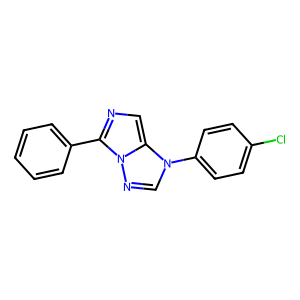
SMILES: Clc1ccc(-n2cnn3c(-c4ccccc4)ncc23)cc1
Inhibits HIV replication: No